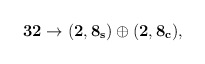
\begin{align*}{{\bf 32} \rightarrow (\bf{2,8_{s}}) \oplus (\bf{2,8_{c}}),}\end{align*}